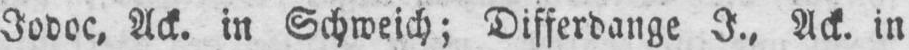
Ack. in